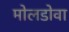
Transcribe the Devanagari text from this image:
मोलडोवा